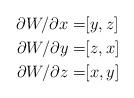
LaTeX: \begin{align*}\partial W/\partial x=&[y,z]\\\partial W/\partial y=&[z,x]\\\partial W/\partial z=&[x,y]\end{align*}